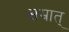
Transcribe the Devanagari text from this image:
सम्रात्